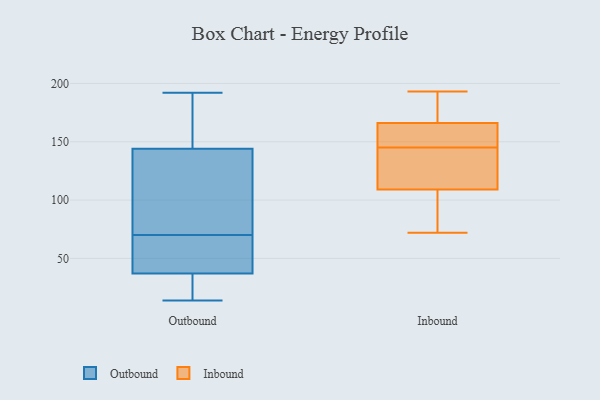
{"axis": {"x": "Bounce Rate (%)", "y": "Value"}, "legend": ["Inbound", "Outbound"], "data": [{"x": "", "y": 158, "type": "Outbound"}, {"x": "", "y": 14, "type": "Outbound"}, {"x": "", "y": 144, "type": "Outbound"}, {"x": "", "y": 68, "type": "Outbound"}, {"x": "", "y": 72, "type": "Outbound"}, {"x": "", "y": 192, "type": "Outbound"}, {"x": "", "y": 139, "type": "Outbound"}, {"x": "", "y": 63, "type": "Outbound"}, {"x": "", "y": 37, "type": "Outbound"}, {"x": "", "y": 33, "type": "Outbound"}, {"x": "", "y": 166, "type": "Inbound"}, {"x": "", "y": 124, "type": "Inbound"}, {"x": "", "y": 164, "type": "Inbound"}, {"x": "", "y": 160, "type": "Inbound"}, {"x": "", "y": 179, "type": "Inbound"}, {"x": "", "y": 130, "type": "Inbound"}, {"x": "", "y": 76, "type": "Inbound"}, {"x": "", "y": 109, "type": "Inbound"}, {"x": "", "y": 72, "type": "Inbound"}, {"x": "", "y": 193, "type": "Inbound"}]}